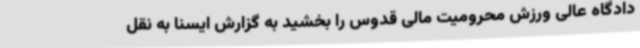
دادگاه عالی ورزش محرومیت مالی قدوس را بخشید به گزارش ایسنا به نقل